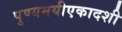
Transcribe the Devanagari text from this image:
पुण्यमयीएकादशी